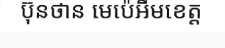
ប៊ុនថាន មេប៉េអឹមខេត្ត